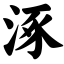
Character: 涿